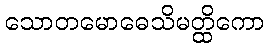
သောတမောဓေသိမတ္ထိကော